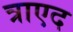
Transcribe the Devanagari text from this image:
त्राएद